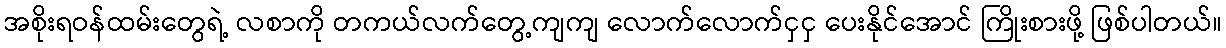
အစိုးရဝန်ထမ်းတွေရဲ့ လစာကို တကယ်လက်တွေ့ကျကျ လောက်လောက်ငှငှ ပေးနိုင်အောင် ကြိုးစားဖို့ ဖြစ်ပါတယ်။